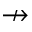
\nrightarrow